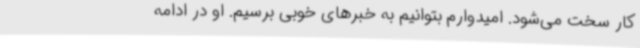
کار سخت می‌شود. امیدوارم بتوانیم به خبرهای خوبی برسیم. او در ادامه